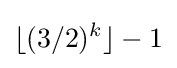
\lfloor (3/2)^{k}\rfloor -1